Investigations into the jail dietaries of the United Provinces with some observations on the influence of dietary on the physical development and well-being of the people of the United Provinces - Number 48
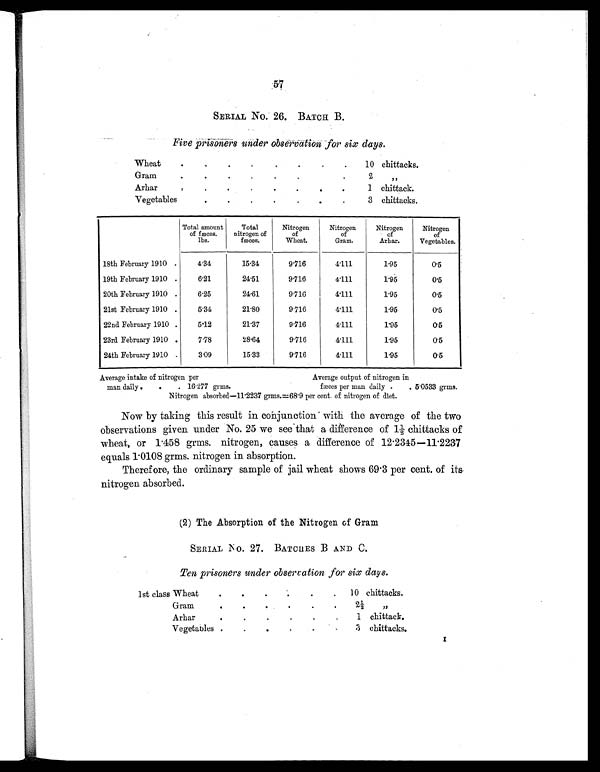
57
SERIAL No. 26. BATCH B.
Five prisoners under observation for six days.
Wheat
.
.
.
.
.
.
. .
10 chittacks.
Gram
.
.
.
.
.
.
.
2
„
Arhar
.
.
.
.
.
.
.
.
1 chittack.
Vegetables
.
.
.
.
.
. .
3 chittacks.
Total amount
of fæces.
lbs.
Total
nitrogen of
fæces.
Nitrogen
of
Wheat.
Nitrogen
of
Gram.
Nitrogen
of
Arhar.
Nitrogen
of
Vegetables.
18th February 1910 .
4.34
15.34
9.716
4.111
1.95
0.5
19th February 1910 .
6.21
24.51
9.716
4.111
1.95
0.5
20th February 1910 .
6.25
24.61
9.716
4.111
1.95
0.5
21st February 1910 .
5.34
21.80
9.716
4.111
1.95
0.5
22nd February 1910 .
5.12
21.37
9.716
4.111
1.95
0.5
23rd February 1910 .
7.78
28.64
9.716
4.111
1.95
0.5
24th February 1910 .
3.09
15.33
9.716
4.111
1.95
0.5
Average intake of nitrogen per
Average output of nitrogen in
man daily .
.
. 16.277 grms.
fæces per man daily .
. 5.0533 grms.
Nitrogen absorbed—11.2237 grms.=68.9 per cent of nitrogen of diet.
Now by taking this result in conjunction with the average of the two
observations given under No. 25 we see that a difference of 1½ chittacks of
wheat, or 1 .458 grms. nitrogen, causes a difference of 12.2345—11.2237
equals 1. 0108 grms. nitrogen in absorption.
Therefore, the ordinary sample of jail wheat shows 69 . 3 per cent. of its
nitrogen absorbed.
(2) The Absorption of the Nitrogen of Gram
SERIAL NO. 27. BATCHES B AND C.
Ten prisoners under observation for six days.
1st class Wheat
.
.
.
. .
.
10 chittacks.
Gram
.
.
. .
.
.
2½
„
Arhar
.
.
.
.
.
.
1 chittack.
Vegetables .
.
.
.
.
.
3 chittacks.
I